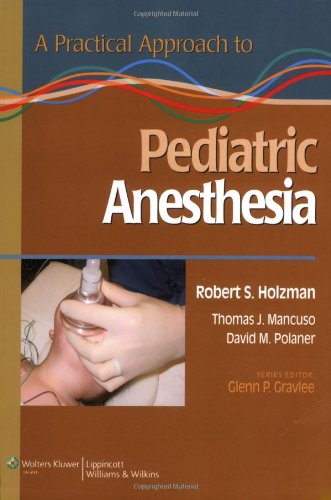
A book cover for A Practical Approach to Pediatric Anesthesia (Practical Approach to Anesthesia); Medical Books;